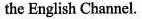
the English Channel.